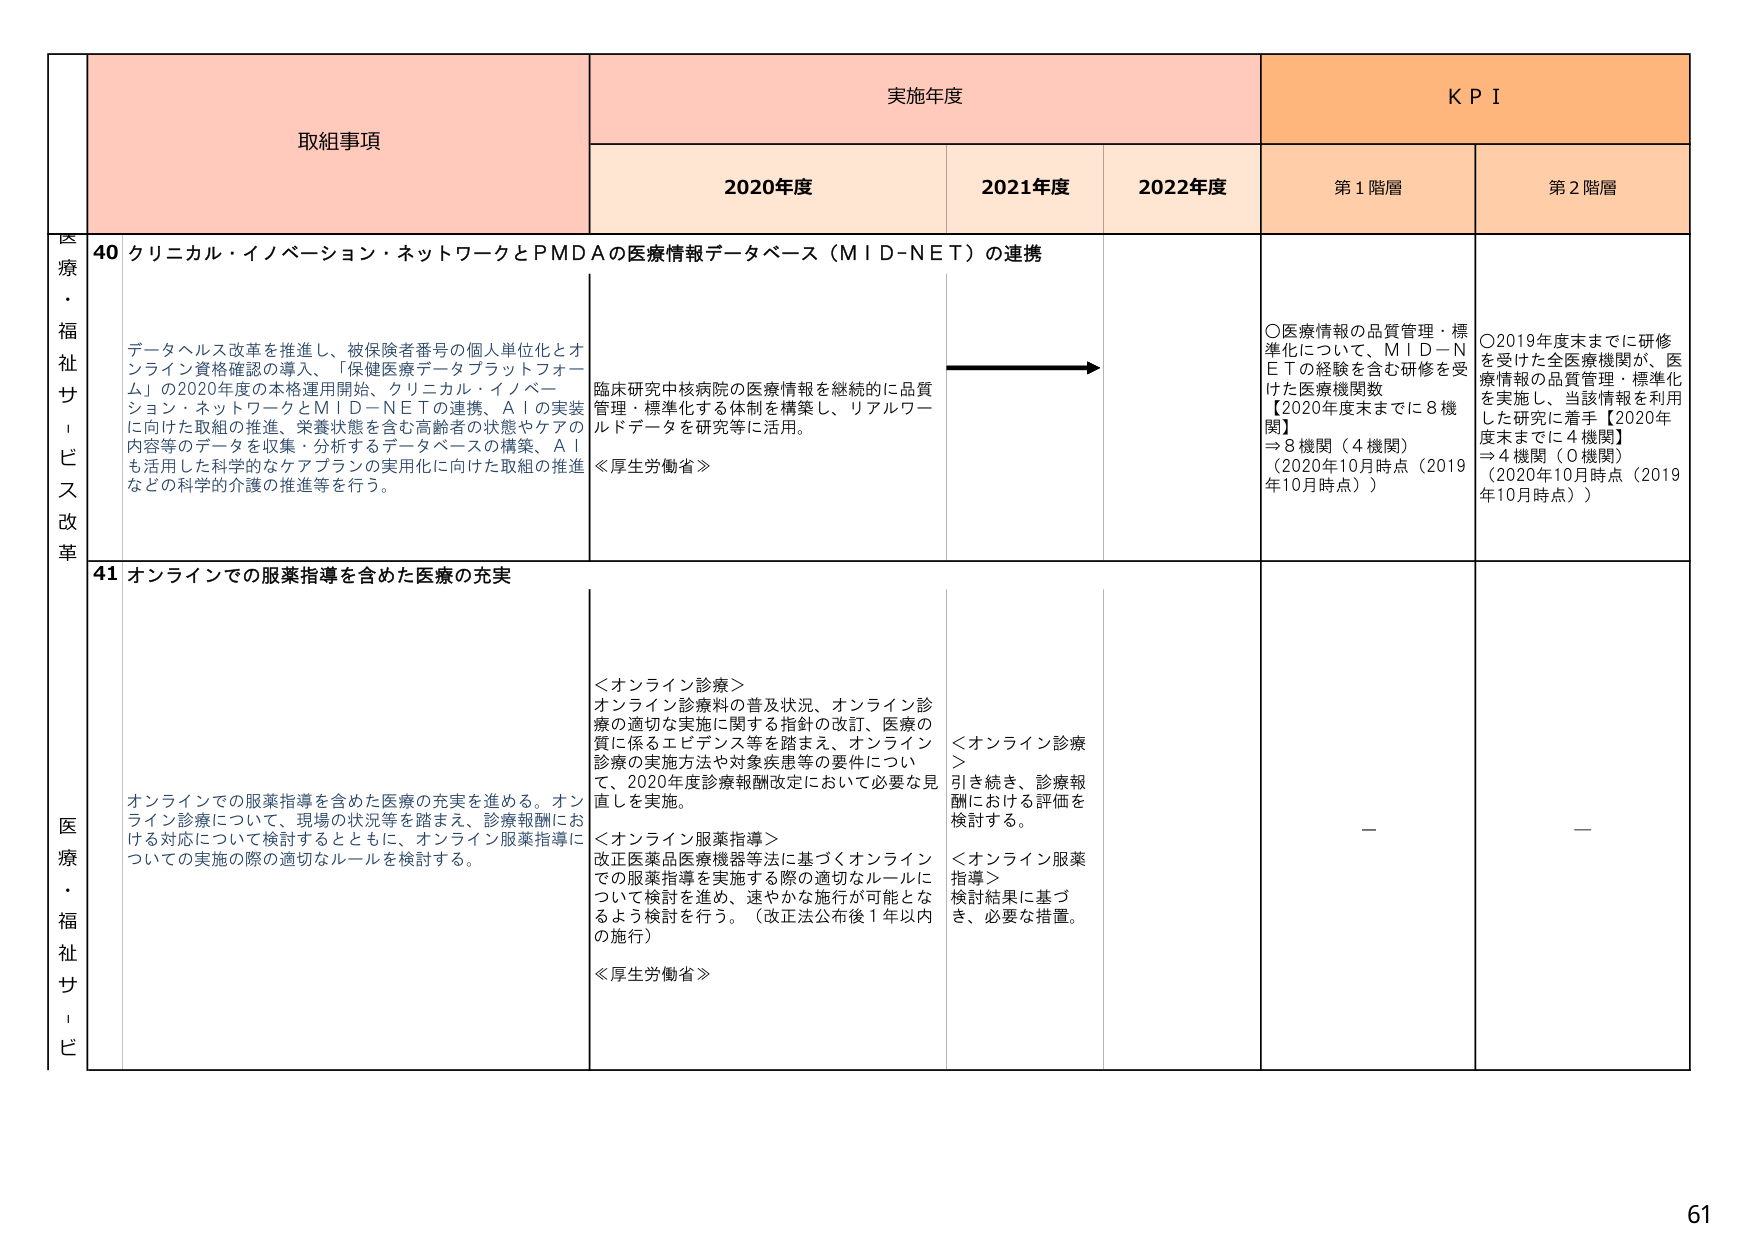
医療・福祉サービス改革
取組事項
実施年度
KPI
2020年度
2021年度
2022年度
第1階層
第2階層

40 クリニカル・イノベーション・ネットワークとPMDAの医療情報データベース（MID-NET）の連携
データヘルス改革を推進し、被保険者番号の個人単位化とオンライン資格確認の導入、「保健医療データプラットフォーム」の2020年度の本格運用開始、クリニカル・イノベーション・ネットワークとMID-NETの連携、AIの実装に向けた取組の推進、栄養状態を含む高齢者の状態やケアの内容等のデータを収集・分析するデータベースの構築、AIも活用した科学的なケアプランの実用化に向けた取組の推進などの科学的介護の推進等を行う。
臨床研究中核病院の医療情報を継続的に品質管理・標準化する体制を構築し、リアルワールドデータを研究等に活用。
≪厚生労働省≫
○医療情報の品質管理・標準化について、MID-NETの経験を含む研修を受けた医療機関数
【2020年度末までに8機関】
→8機関（4機関）
（2020年10月時点（2019年10月時点））
○2019年度末までに研修を受けた全医療機関が、医療情報の品質管理・標準化を実施し、当該情報を利用した研究に着手【2020年度末までに4機関】
→4機関（0機関）
（2020年10月時点（2019年10月時点））

41 オンラインでの服薬指導を含めた医療の充実
オンラインでの服薬指導を含めた医療の充実を進める。オンライン診療について、現場の状況等を踏まえ、診療報酬における対応について検討するとともに、オンライン服薬指導についての実施の際の適切なルールを検討する。
＜オンライン診療＞
オンライン診療料の普及状況、オンライン診療の適切な実施に関する指針の改訂、医療の質に係るエビデンス等を踏まえ、オンライン診療の実施方法や対象疾患等の要件について、2020年度診療報酬改定において必要な見直しを実施。
＜オンライン服薬指導＞
改正医薬品医療機器等法に基づくオンラインでの服薬指導を実施する際の適切なルールについて検討を進め、速やかな施行が可能となるよう検討を行う。（改正法公布後1年以内の施行）
≪厚生労働省≫
＜オンライン診療＞
引き続き、診療報酬における評価を検討する。
＜オンライン服薬指導＞
検討結果に基づき、必要な措置。
—
—

61